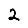
Digit: 2